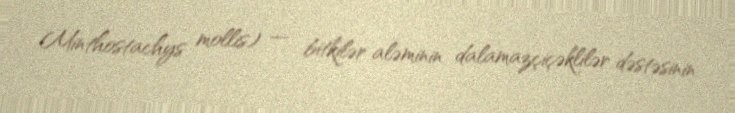
Minthostachys mollis) — bitkilər aləminin dalamazçiçəklilər dəstəsinin